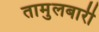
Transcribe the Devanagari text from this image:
तामुलबारी